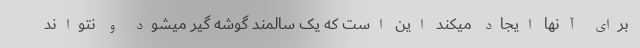
برای آنها ایجاد میکند این است که یک سالمند گوشه گیر میشود و نتواند